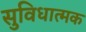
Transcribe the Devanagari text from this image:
सुविधात्मक